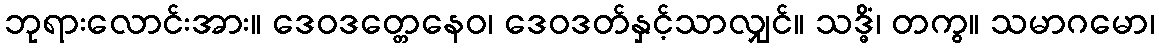
ဘုရားလောင်းအား။ ဒေဝဒတ္တေနေဝ၊ ဒေဝဒတ်နှင့်သာလျှင်။ သဒ္ဓိံ၊ တကွ။ သမာဂမော၊